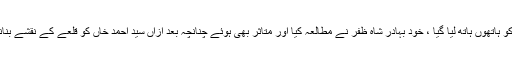
ان دونوں تصانیف کو ہاتھوں ہاتھ لیا گیا ، خود بہادر شاہ ظفر نے مطالعہ کیا اور متاثر بھی ہوئے چنانچہ بعد ازاں سید احمد خاں کو قلعے کے نقشے بنانے کا حکم دیا گیا ۔